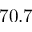
7 0 . 7